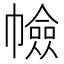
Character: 𢅐